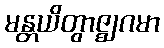
မန္တယိတွာဇ္ဈဂမာ